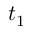
t _ { 1 }